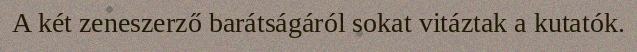
A két zeneszerző barátságáról sokat vitáztak a kutatók.